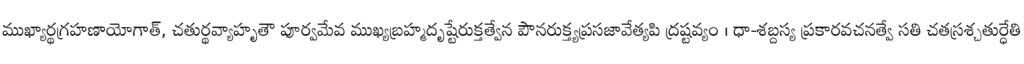
ముఖ్యార్థగ్రహణాయోగాత్, చతుర్థవ్యాహృతౌ పూర్వమేవ ముఖ్యబ్రహ్మదృష్టేరుక్తత్వేన పౌనరుక్త్యప్రసజావేత్యపి ద్రష్టవ్యం । ధా-శబ్దస్య ప్రకారవచనత్వే సతి చతస్రశ్చతుర్ధేతి